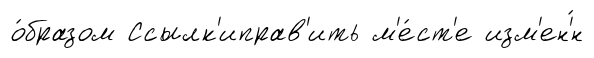
о́бразом Ссылк'иправ'ить м'е́ст'е изм'ен'́н